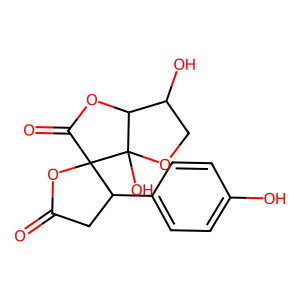
SMILES: O=C1CC(c2ccc(O)cc2)C2(O1)C(=O)OC1C(O)COC12O
Inhibits HIV replication: No